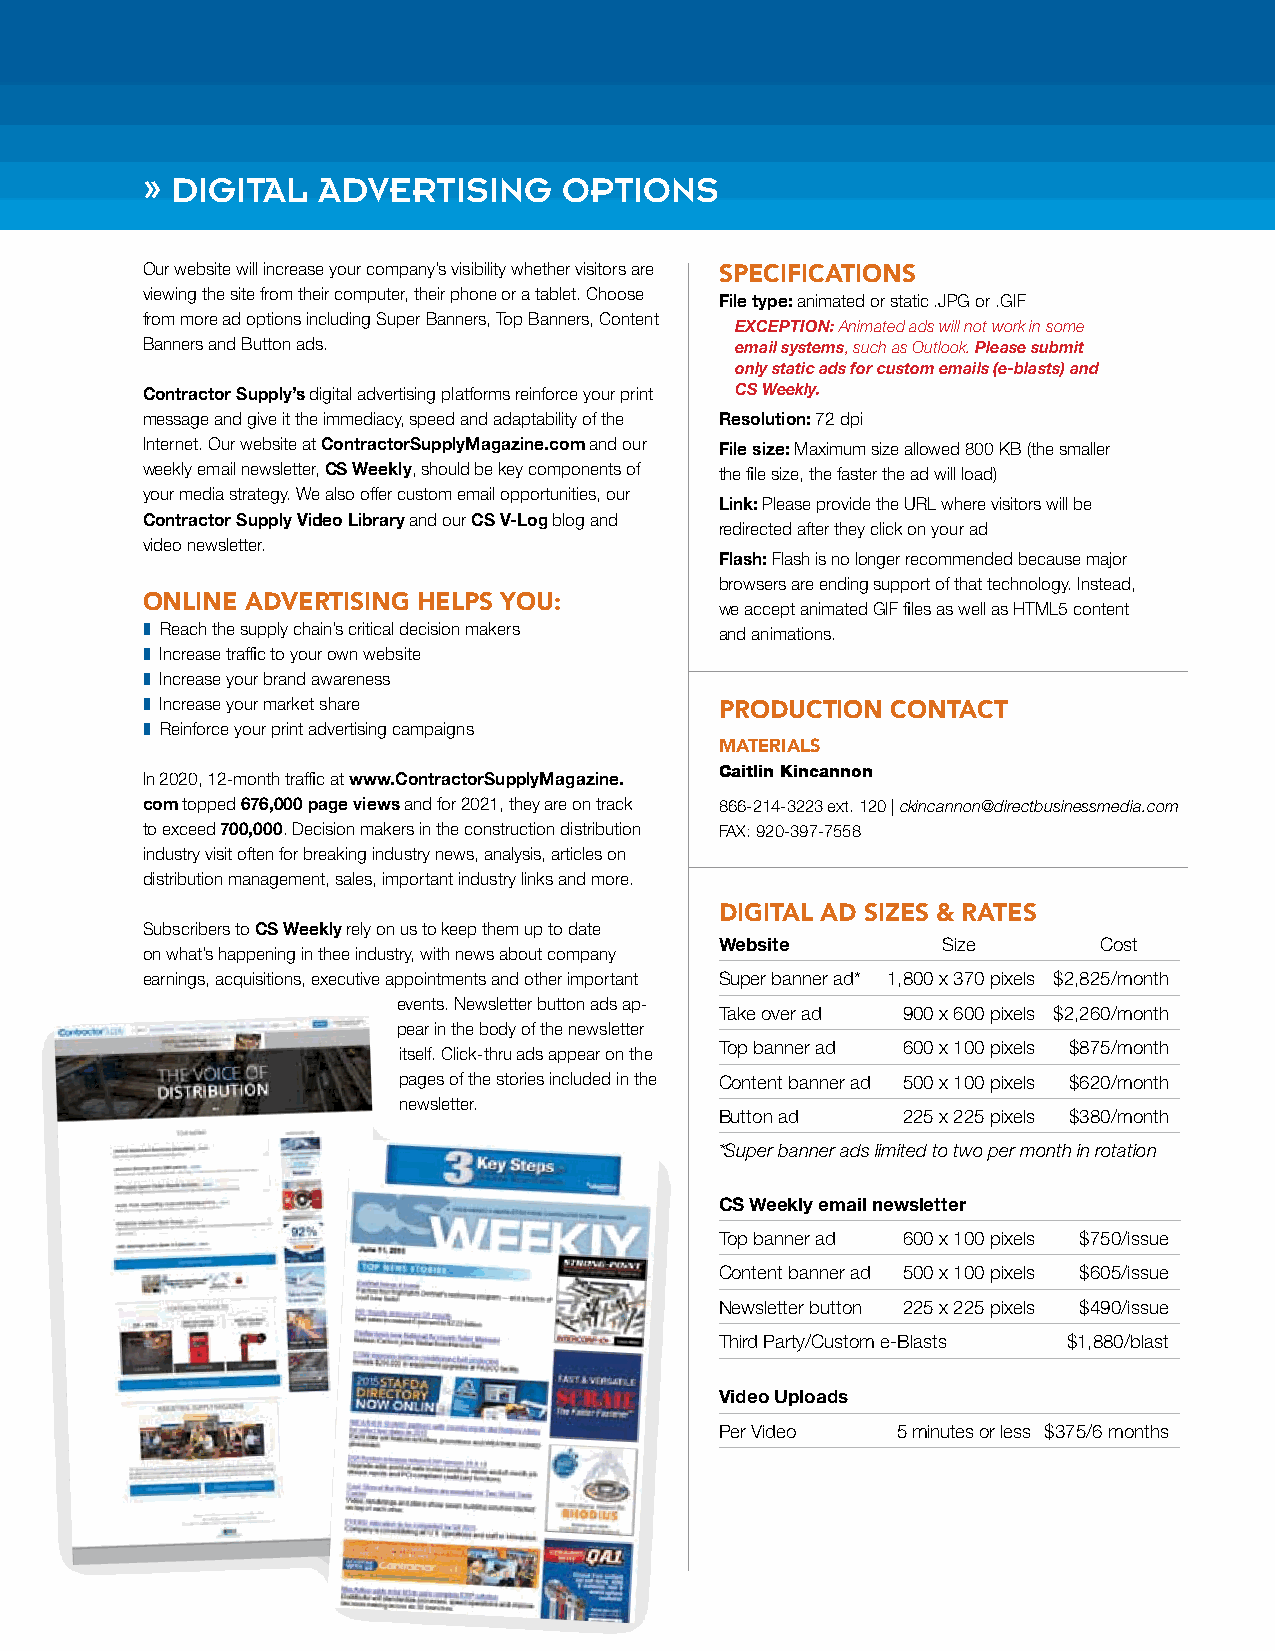
» digital   advertiSing     optionS
 Our website will increase your company’s visibility whether visitors are SpeCifiCationS
 viewing the site from their computer, their phone or a tablet. Choose
 File type: animated or static .JPG or .GIF
 from more ad options including Super Banners, Top Banners, Content
 EXCEPTION: Animated ads will not work in some
 Banners and Button ads.                 email systems, such as Outlook. Please submit
 only static ads for custom emails (e-blasts) and
 Contractor Supply’s digital advertising platforms reinforce your print CS Weekly.
 message and give it the immediacy, speed and adaptability of the Resolution: 72 dpi
 Internet. Our website at ContractorSupplyMagazine.com and our File size: Maximum size allowed 800 KB (the smaller
 weekly email newsletter, CS Weekly, should be key components of the file size, the faster the ad will load)
 your media strategy. We also offer custom email opportunities, our
 Link: Please provide the URL where visitors will be
 Contractor Supply Video Library and our CS V-Log blog and
 redirected after they click on your ad
 video newsletter.
 Flash: Flash is no longer recommended because major
 browsers are ending support of that technology. Instead,
 online advertiSing helpS You:
 we accept animated GIF files as well as HTML5 content
 z Reach the supply chain’s critical decision makers and animations.
 z Increase traffic to your own website
 z Increase your brand awareness
 z Increase your market share           produCtion ContaCt
 z Reinforce your print advertising campaigns
 materialS
 caitlin Kincannon
 In 2020, 12-month traffic at www.ContractorSupplyMagazine.
 com topped 676,000 page views and for 2021, they are on track 866-214-3223 ext. 120 | ckincannon@directbusinessmedia.com
 to exceed 700,000. Decision makers in the construction distribution FAX: 920-397-7558
 industry visit often for breaking industry news, analysis, articles on
 distribution management, sales, important industry links and more.
 digital ad SizeS & rateS
 Subscribers to CS Weekly rely on us to keep them up to date
 Website       Size       Cost
 on what’s happening in thee industry, with news about company
 earnings, acquisitions, executive appointments and other important Super banner ad* 1,800 x 370 pixels $2,825/month
 events. Newsletter button ads ap-
 Take over ad 900 x 600 pixels $2,260/month
 pear in the body of the newsletter
 Top banner ad 600 x 100 pixels $875/month
 itself. Click-thru ads appear on the
 pages of the stories included in the Content banner ad 500 x 100 pixels $620/month
 newsletter.
 Button ad   225 x 225 pixels $380/month
 *Super banner ads limited to two per month in rotation
 CS Weekly email newsletter
 Top banner ad 600 x 100 pixels $750/issue
 Content banner ad 500 x 100 pixels $605/issue
 Newsletter button 225 x 225 pixels $490/issue
 Third Party/Custom e-Blasts $1,880/blast
 Video Uploads
 Per Video  5 minutes or less $375/6 months